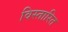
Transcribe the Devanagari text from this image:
विस्तारित